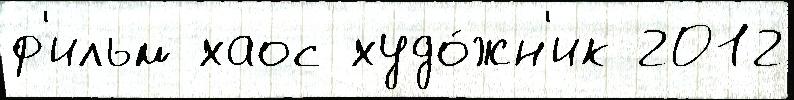
ф'ильм хаос худо́жн'ик 2012